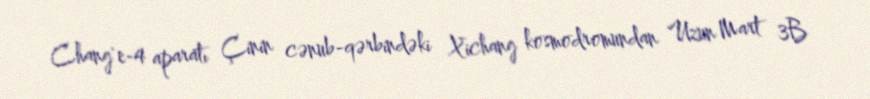
Chang'e-4 aparatı Çinin cənub-qərbindəki Xichang kosmodromundan Uzun Mart 3B